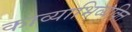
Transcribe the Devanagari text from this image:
काव्याभिव्यक्ति